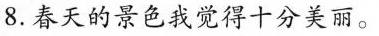
8.春天的景色我觉得十分美丽。